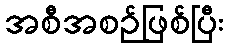
အစီအစဉ်ဖြစ်ပြီး